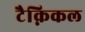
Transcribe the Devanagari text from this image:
टैक्निकल